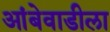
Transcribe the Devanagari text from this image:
आंबेवाडीला